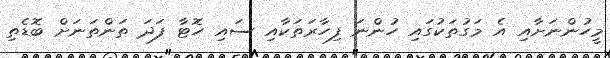
މީހުންނަށާއި އެ މަގުތަކުގައި ހުންނަ ފިހާރަތަކާއި ސައި ހޮޓާ ފަދަ ތަންތަނަށް ބޮޑެތި